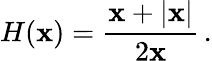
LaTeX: H(\mathbf{x})={\frac{{\mathbf{x}+|\mathbf{x}|}}{{2\mathbf{x}}}}\, .